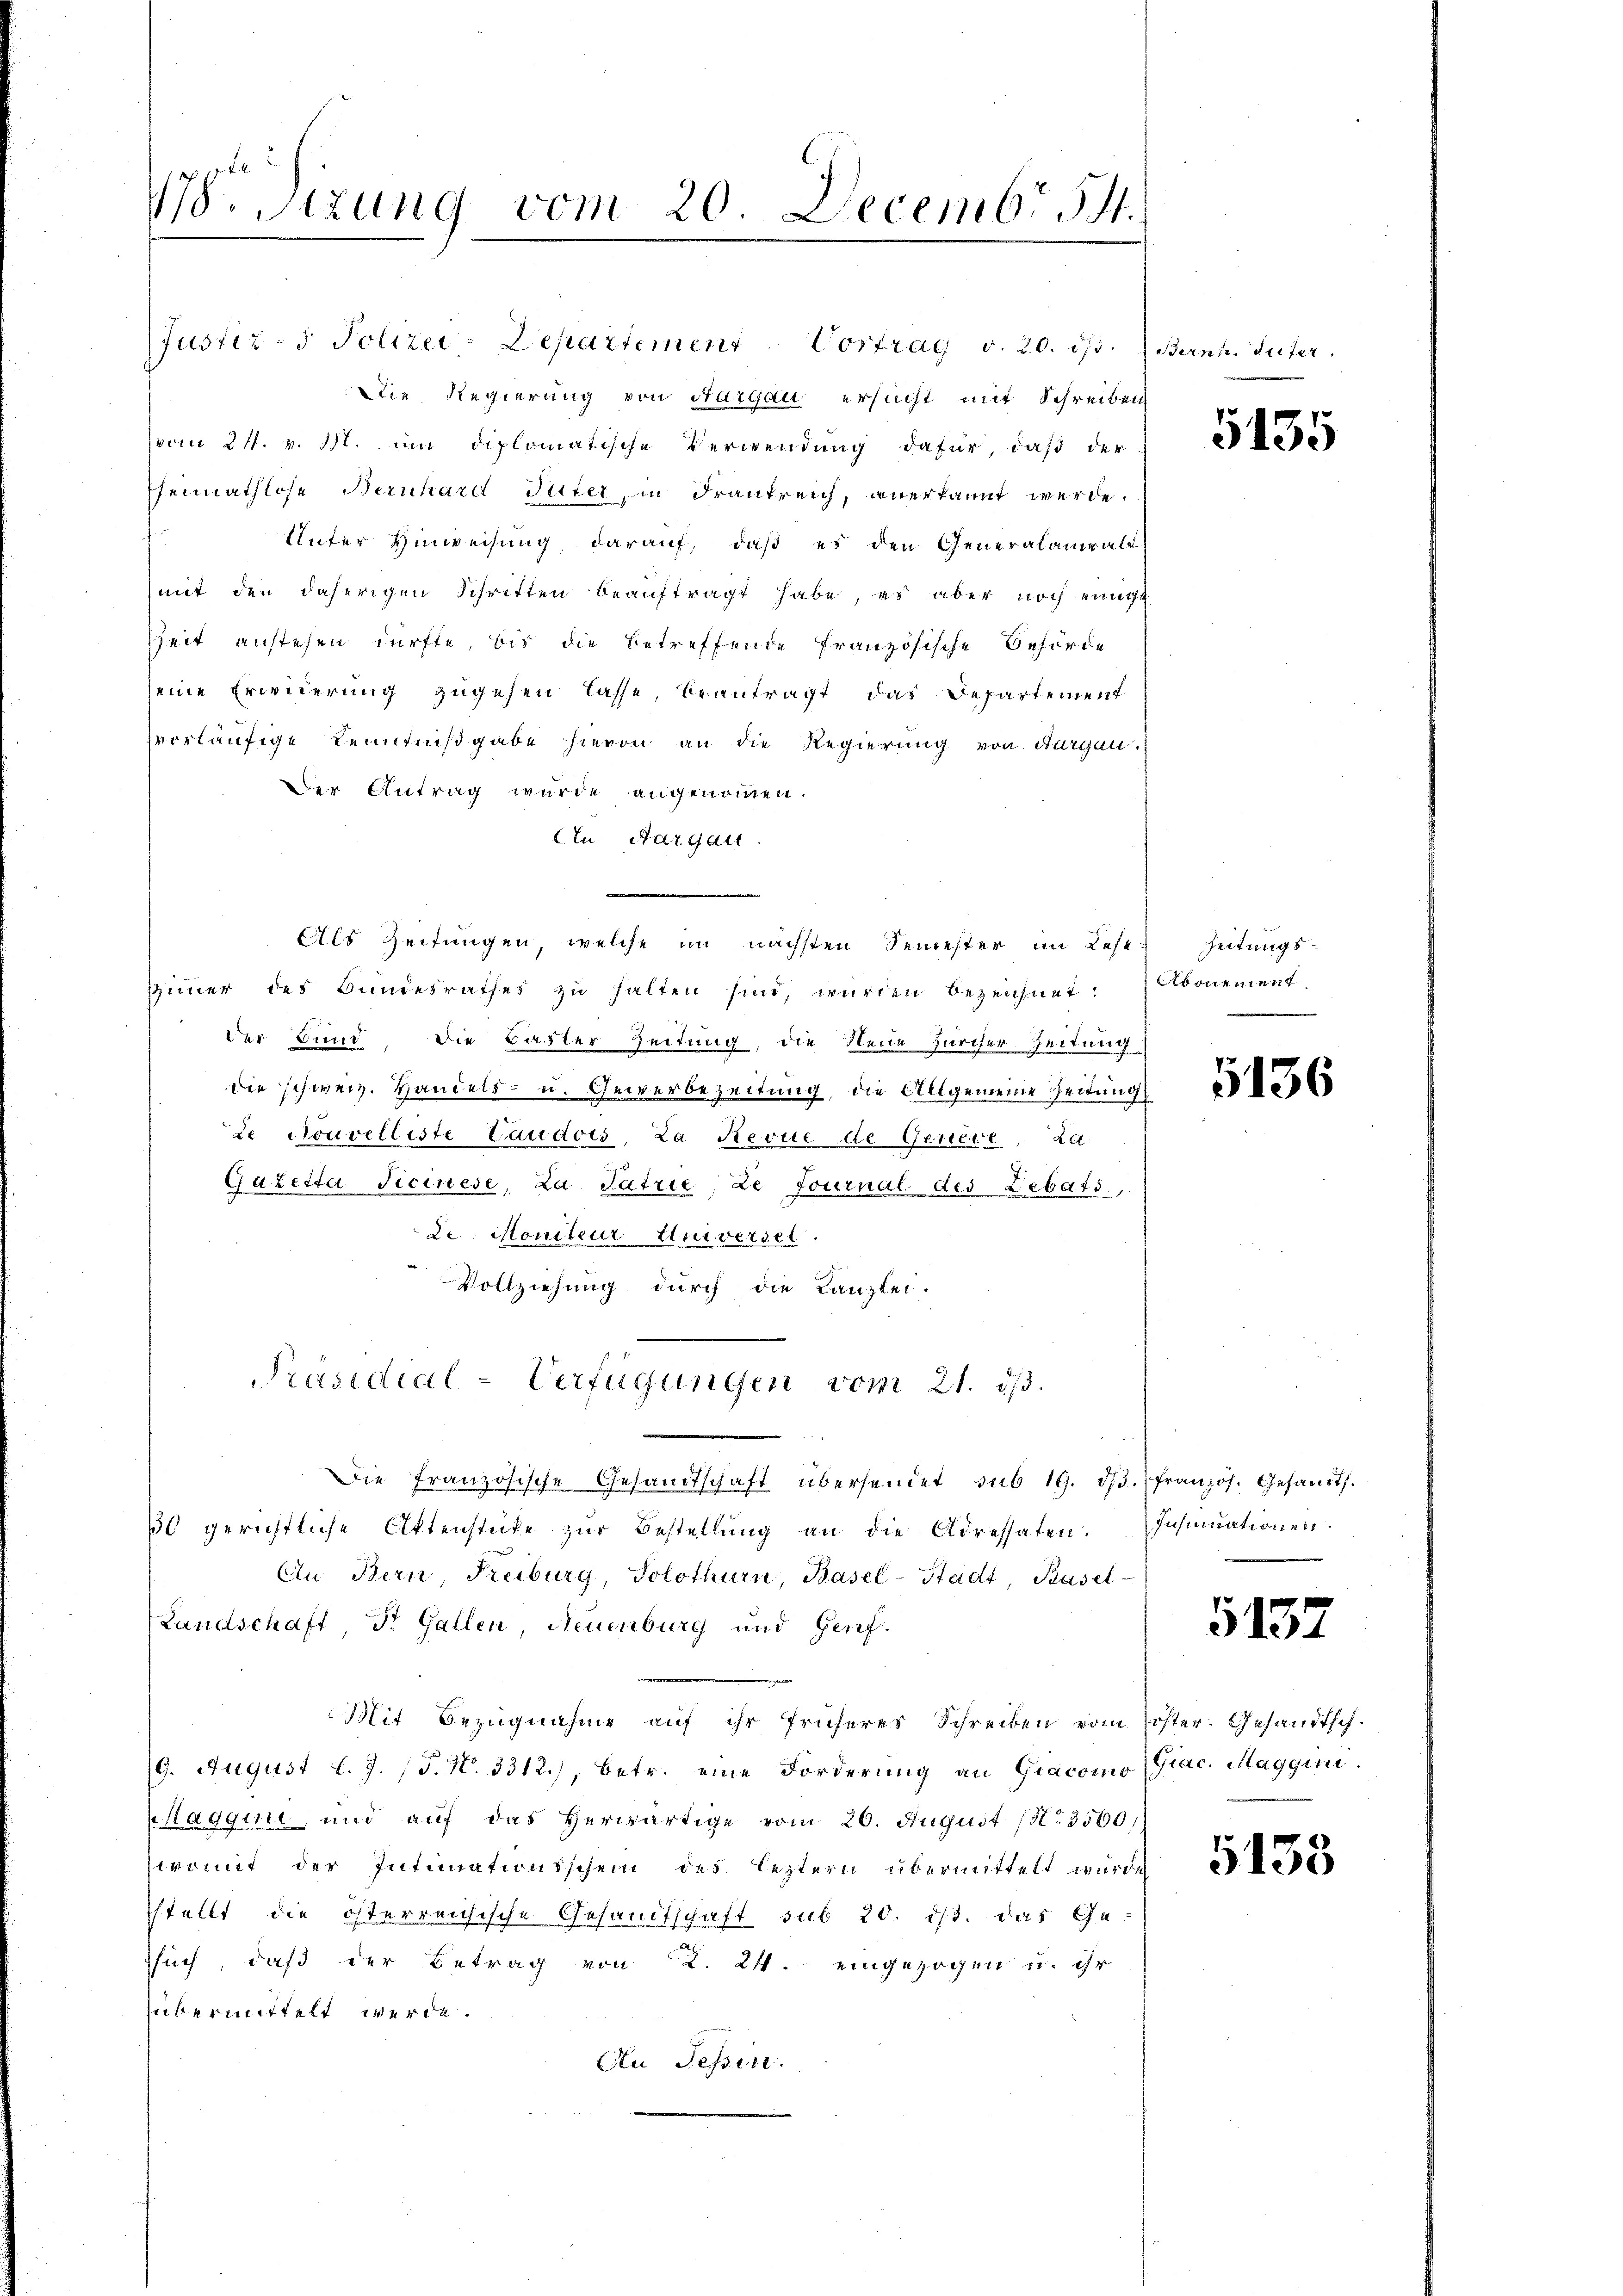
78 Sizung vom 20. Decembr 54.

Die Regierung von Aargau ersucht mit Schreiben
vom 24. v. M. um diplomatische Verwendung dafür, daß der
heimathlose Bernhard Sitter, in Frankreich, anerkannt werde.
Unter Hinweisung, darauf, daß es den Generalameall
mit den daherigen Schritten beauftragt habe, es aber noch einige
Zeit anstehen dürfte, bis die betreffende Französische Beförde
seine Erwiderung zugehen lasse, beantragt, das Departement
vorläufige Kenntnißgabe hievon an die Regierung von Thurgau.
Der Antrag wurde angenommen.
tn Aargau
Zimmer des Bundesrathes zu halten sind, wurden bezeichnet:
der Bund, die Basler Zeitung, die Neue Zürcher Zeitung
die schweiz. Handels- u. Gewerbezeitung, die Allgemeine Zeitung
Le Souvelliste Vaudois, La Revue de Genève, La
Gazetta Ticinese, La Patrie ze fournal des Debats,
de. Moniteur Universel
Vollziehung durch die Kanzlei-
Präsidial-Verfügungen vom 21. dβ.
.
Die französische Gesandtschaft übersendet sub 19. dβ. (Französ. Gesandt.
10 gerichtliche Aktenstüke zŭr Bestellŭng an die Adressaten. Insinuationen.
An Bern Freiburg, Solothurn, Basel-Stadt, Basel-
Landschaft, Dr. Gallen, Neuenburg und Genf.
Mit Bezugnahme auf ihr früheres Schreiben vom Poster. Gesandtsch.
19. August l. J. (T. N. 3312), betr. eine Forderung an Giacomo (Glac. Maggini.
Haggere, und auf das herwärtige vom 26. August (Nr. 3500.
iromit der Intimationsschein des leztern übermittelt wurde
stellt die österreichische Gesandtschaft sub 20. ds. das Ge-
such, daß der Betrag von 2. 24. eingezogen u. ihr
übermittelt werde.
An Tessin.

Justiz- & Polizei-Departement Vortrag v. 20. d. Bernh. Suter.

Als Zeitungen, welche im nächsten Semester im Lese Zeitungs-

5135

Abonement
.

5136

5137

5133